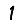
Digit: 1